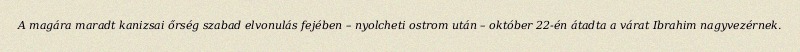
A magára maradt kanizsai őrség szabad elvonulás fejében – nyolcheti ostrom után – október 22-én átadta a várat Ibrahim nagyvezérnek.